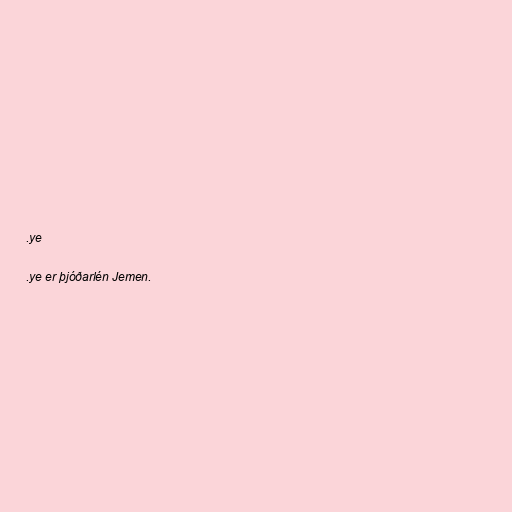
.ye

.ye er þjóðarlén Jemen.